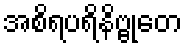
အစိရပရိနိဗ္ဗုတေ